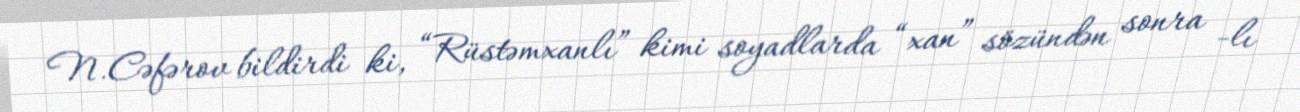
N.Cəfərov bildirdi ki, “Rüstəmxanlı” kimi soyadlarda “xan” sözündən sonra -lı